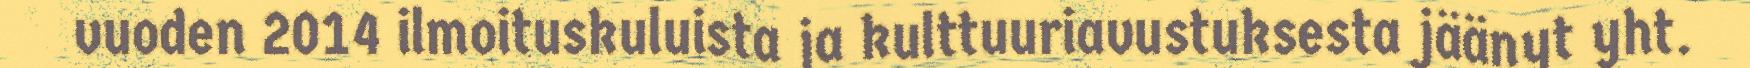
vuoden 2014 ilmoituskuluista ja kulttuuriavustuksesta jäänyt yht.